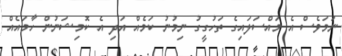
ނަމަވެސް އެ މައްސަލައިގެ ތަހުގީގު ނިމުނު ކަމެއް އަދި އެ ކޮމިޝަނުން ހާމައެއް